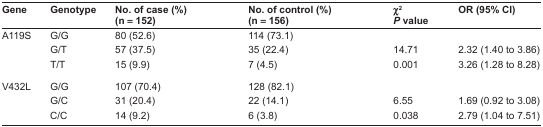
| Gene | Genotype | No. of case (%) (n = 152) | No. of control (%) (n = 156) | χ2P value | OR (95% CI) |
 | --- | --- | --- | --- | --- | --- |
 | <ROWSPAN=3> A119S | G/G | 80 (52.6) | 114 (73.1) |  |  |
 | G/T | 57 (37.5) | 35 (22.4) | 14.71 | 2.32 (1.40 to 3.86) |
 | T/T | 15 (9.9) | 7 (4.5) | 0.001 | 3.26 (1.28 to 8.28) |
 | <ROWSPAN=3> V432L | G/G | 107 (70.4) | 128 (82.1) |  |  |
 | G/C | 31 (20.4) | 22 (14.1) | 6.55 | 1.69 (0.92 to 3.08) |
 | C/C | 14 (9.2) | 6 (3.8) | 0.038 | 2.79 (1.04 to 7.51) |